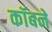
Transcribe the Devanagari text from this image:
कॉबने